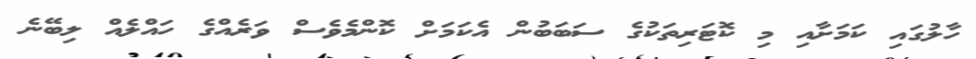
ހާލުގައި ކަމަށާއި މި ކޮޓަރިތަކުގެ ސަބަބުން އެކަމަށް ކޮންމެވެސް ވަރެއްގެ ހައްލެއް ލިބޭނެ